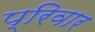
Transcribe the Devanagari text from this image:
प्रिवार